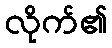
လိုက်၏